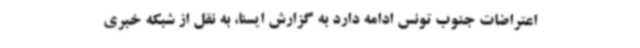
اعتراضات جنوب تونس ادامه دارد به گزارش ایسنا، به نقل از شبکه خبری